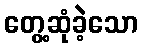
တွေ့ဆုံခဲ့သော